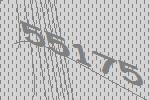
55175